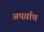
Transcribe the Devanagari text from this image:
अपर्य़ाप्त